Leaving Certificate Examination, 1914
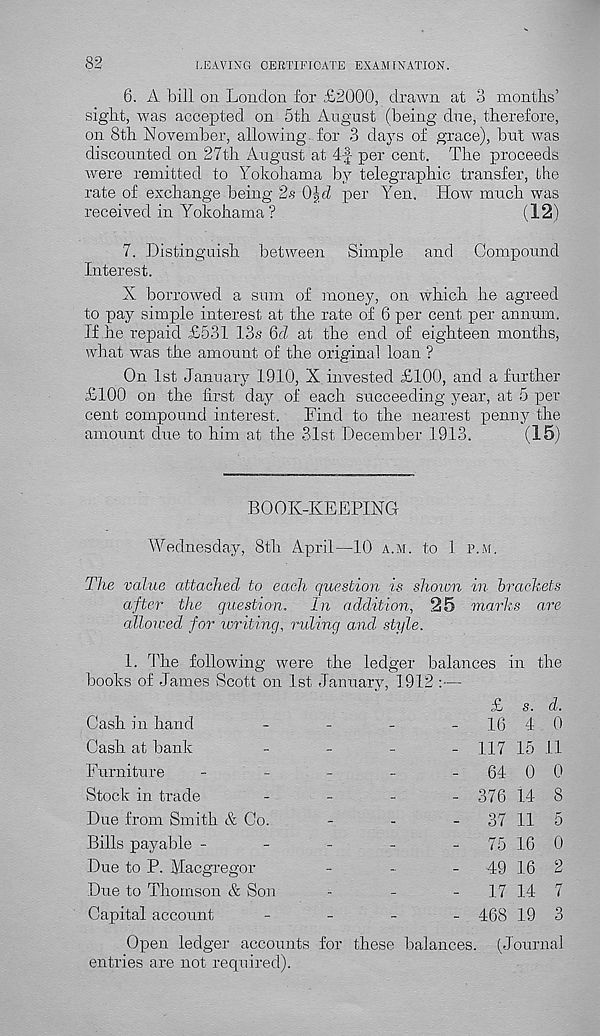
82
LEAVING CERTIFICATE EXAMINATION.
6. A bill on London for £2000, drawn at 3 months’
sight, was accepted on 5th August (being due, therefore,
on 8th November, allowing for 3 days of grace), but was
discounted on 27th August at hf per cent. The proceeds
were remitted to Yokohama by telegraphic transfer, the
rate of exchange being 2s Op/l per Yen. How much was
received in Yokohama?
(12)
7. Distinguish between Simple and Compound
Interest.
X borrowed a sum of money, on which he agreed
to pay simple interest at the rate of 6 per cent per annum.
If he repaid £531 13s 6d at the end of eighteen months,
what was the amount of the original loan ?
On 1st January 1910, X invested £100, and a further
£100 on the first day of each succeeding year, at 5 per
cent compound interest.
Find to the nearest penny the
amount due to him at the 31st December 1913.
(15)
BOOK-KEEPING
Wednesday, 8th April—10 a.m. to 1 p.m.
The value attached to each question is shoivn in brackets
after the question. In addition, 25 marks are
allowed for writing, riding and style.
1. The following were the ledger balances in the
books of James Scott on 1st January, 1912 :—
Cash in hand
Cash at bank
Furniture
Stock in trade
Due from Smith & Co.
Bills payable -
Due to P. Macgregor
Due to Thomson & Son
Capital account
£ s. d.
-
16 4 0
- 117 15 11
-
64 0 0
- 376 14 8
-
37 11 5
-
75 16 0
-
49 16 2
-
17 14 7
- 468 19 3
Open ledger accounts for these balances. (Journal
entries are not required).